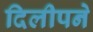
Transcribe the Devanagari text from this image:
दिलीपने